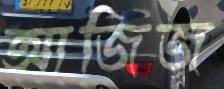
আজিজ